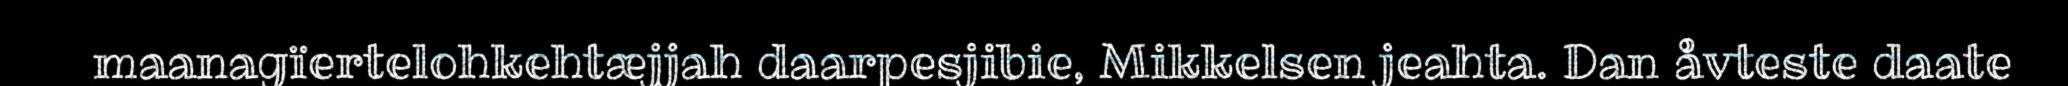
maanagïertelohkehtæjjah daarpesjibie, Mikkelsen jeahta. Dan åvteste daate